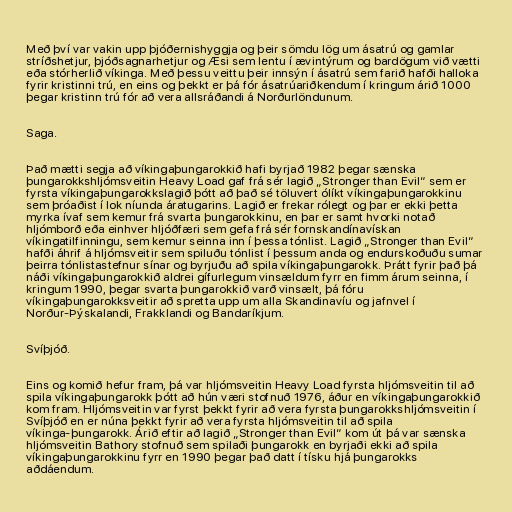
Með því var vakin upp þjóðernishyggja og þeir sömdu lög um ásatrú og gamlar
stríðshetjur, þjóðsagnarhetjur og Æsi sem lentu í ævintýrum og bardögum við vætti
eða stórherlið víkinga. Með þessu veittu þeir innsýn í ásatrú sem farið hafði halloka
fyrir kristinni trú, en eins og þekkt er þá fór ásatrúariðkendum í kringum árið 1000
þegar kristinn trú fór að vera allsráðandi á Norðurlöndunum.

Saga.

Það mætti segja að víkingaþungarokkið hafi byrjað 1982 þegar sænska
þungarokkshljómsveitin Heavy Load gaf frá sér lagið „Stronger than Evil“ sem er
fyrsta víkingaþungarokkslagið þótt að það sé töluvert ólíkt víkingaþungarokkinu
sem þróaðist í lok níunda áratugarins. Lagið er frekar rólegt og þar er ekki þetta
myrka ívaf sem kemur frá svarta þungarokkinu, en þar er samt hvorki notað
hljómborð eða einhver hljóðfæri sem gefa frá sér fornskandínavískan
víkingatilfinningu, sem kemur seinna inn í þessa tónlist. Lagið „Stronger than Evil“
hafði áhrif á hljómsveitir sem spiluðu tónlist í þessum anda og endurskoðuðu sumar
þeirra tónlistastefnur sínar og byrjuðu að spila víkingaþungarokk. Þrátt fyrir það þá
náði víkingaþungarokkið aldrei gífurlegum vinsældum fyrr en fimm árum seinna, í
kringum 1990, þegar svarta þungarokkið varð vinsælt, þá fóru
víkingaþungarokksveitir að spretta upp um alla Skandinavíu og jafnvel í
Norður-Þýskalandi, Frakklandi og Bandaríkjum.

Svíþjóð.

Eins og komið hefur fram, þá var hljómsveitin Heavy Load fyrsta hljómsveitin til að
spila víkingaþungarokk þótt að hún væri stofnuð 1976, áður en víkingaþungarokkið
kom fram. Hljómsveitin var fyrst þekkt fyrir að vera fyrsta þungarokkshljómsveitin í
Svíþjóð en er núna þekkt fyrir að vera fyrsta hljómsveitin til að spila
víkinga-þungarokk. Árið eftir að lagið „Stronger than Evil“ kom út þá var sænska
hljómsveitin Bathory stofnuð sem spilaði þungarokk en byrjaði ekki að spila
víkingaþungarokkinu fyrr en 1990 þegar það datt í tísku hjá þungarokks
aðdáendum.